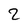
Character: 2